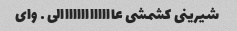
شیرینی کشمشی عااااااااااااالی … وای